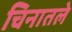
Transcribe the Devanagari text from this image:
चिनातले